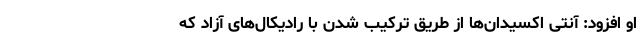
او افزود: آنتی اکسیدان‌ها از طریق ترکیب شدن با رادیکال‌های آزاد که